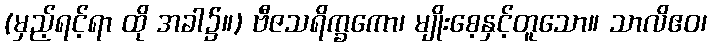
(မှည့်ရင့်ရာ ထို အခါ၌။) ဗီဇသရိက္ခကော၊ မျိုးစေ့နှင့်တူသော။ သာလိဧဝ၊